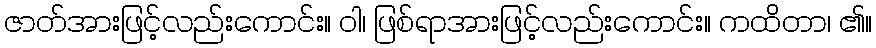
ဇာတ်အားဖြင့်လည်းကောင်း။ ဝါ၊ ဖြစ်ရာအားဖြင့်လည်းကောင်း။ ကထိတာ၊ ၏။